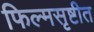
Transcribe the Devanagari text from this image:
फिल्मसृष्टीत